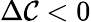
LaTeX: \Delta\mathcal{C}<0